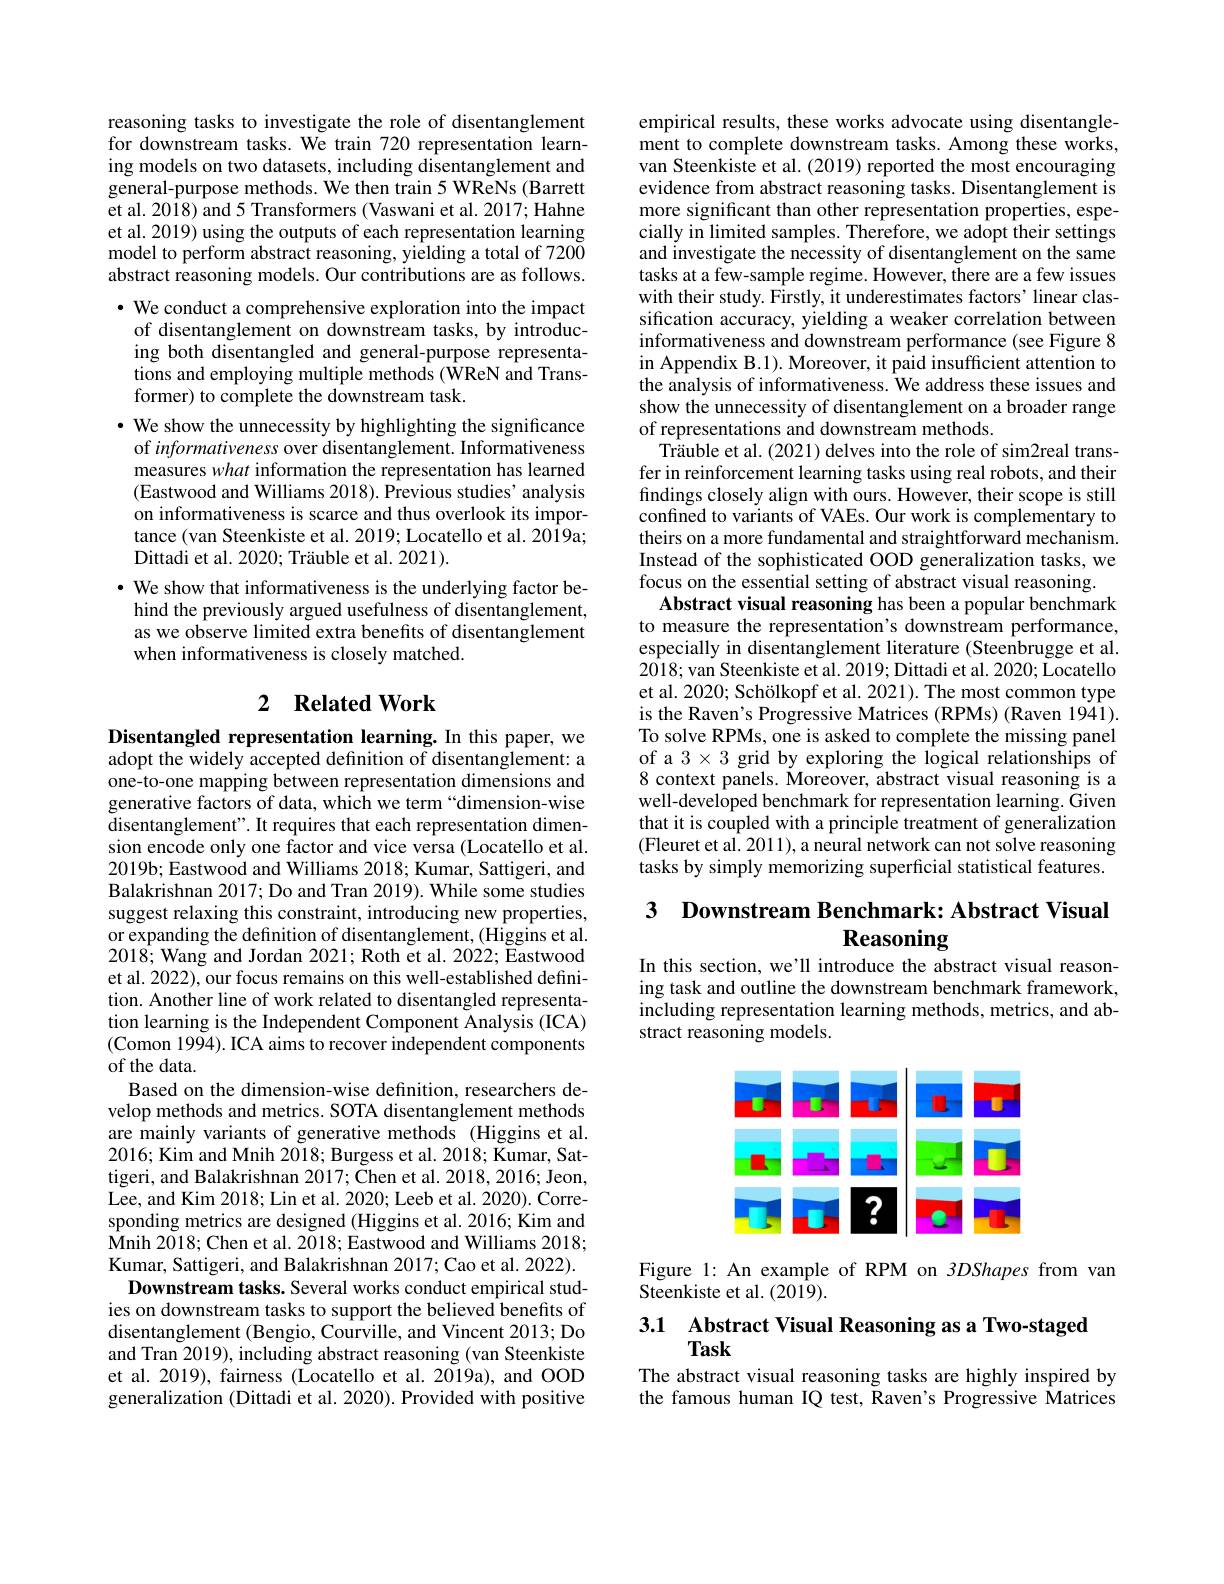
reasoning tasks to investigate the role of disentanglement for downstream tasks. We train 720 representation learning models on two datasets, including disentanglement and general-purpose methods. We then train 5 WReNs (Barrett et al. 2018) and 5 Transformers (Vaswani et al. 2017; Hahne et al. 2019) using the outputs of each representation learning model to perform abstract reasoning, yielding a total of 7200 abstract reasoning models. Our contributions are as follows. · We conduct a comprehensive exploration into the impact of disentanglement on downstream tasks, by introducing both disentangled and general-purpose representations and employing multiple methods (WReN and Transformer) to complete the downstream task.
· We show the unnecessity by highlighting the significance of informativeness over disentanglement. Informativeness measures what information the representation has learned (Eastwood and Williams 2018). Previous studies' analysis on informativeness is scarce and thus overlook its importance (van Steenkiste et al. 2019; Locatello et al. 2019a; Dittadi et al. 2020; Träuble et al. 2021).
· We show that informativeness is the underlying factor behind the previously argued usefulness of disentanglement, as we observe limited extra benefits of disentanglement when informativeness is closely matched.

## 2 $\textbf{Related Work}$

Disentangled representation learning. In this paper, we adopt the widely accepted definition of disentanglement: a one-to-one mapping between representation dimensions and generative factors of data, which we term “dimension-wise disentanglement". It requires that each representation dimension encode only one factor and vice versa (Locatello et al. $2019\dot{\text{b; Eastwood and Williams 2018; Kumar, Sattigeri, and}}$ Balakrishnan 2017; Do and Tran 2019). While some studies suggest relaxing this constraint, introducing new properties, or expanding the definition of disentanglement, (Higgins et al. 2018; Wang and Jordan 2021; Roth et al. 2022; Eastwood et al. 2022), our focus remains on this well-established definition. Another line of work related to disentangled representation learning is the Independent Component Analysis (ICA) (Comon 1994). ICA aims to recover independent components of the data.
Based on the dimension-wise definition, researchers develop methods and metrics. SOTA disentanglement methods are mainly variants of generative methods (Higgins et al. 2016; Kim and Mnih 2018; Burgess et al. 2018; Kumar, Sattigeri, and Balakrishnan 2017; Chen et al. 2018, 2016; Jeon, Lee, and Kim 2018; Lin et al. 2020; Leeb et al. 2020). Corresponding metrics are designed (Higgins et al. 2016; Kim and Mnih 2018; Chen et al. 2018; Eastwood and Williams 2018; Kumar, Sattigeri, and Balakrishnan 2017; Cao et al. 2022).
Downstream tasks. Several works conduct empirical studies on downstream tasks to support the believed benefits of disentanglement (Bengio, Courville, and Vincent 2013; Do and Tran 2019), including abstract reasoning (van Steenkiste et al. 2019), fairness (Locatello et al. 2019a), and OOD generalization (Dittadi et al. 2020). Provided with positive

empirical results, these works advocate using disentanglement to complete downstream tasks. Among these works, van Steenkiste et al. (2019) reported the most encouraging evidence from abstract reasoning tasks. Disentanglement is more significant than other representation properties, especially in limited samples. Therefore, we adopt their settings and investigate the necessity of disentanglement on the same tasks at a few-sample regime. However, there are a few issues with their study. Firstly, it underestimates factors' linear classification accuracy, yielding a weaker correlation between informativeness and downstream performance (see Figure 8 in Appendix B.1). Moreover, it paid insufficient attention to the analysis of informativeness. We address these issues and show the unnecessity of disentanglement on a broader range of representations and downstream methods.
Träuble et al. (2021) delves into the role of sim2real transfer in reinforcement learning tasks using real robots, and their findings closely align with ours. However, their scope is still confined to variants of VAEs. Our work is complementary to theirs on a more fundamental and straightforward mechanism. Instead of the sophisticated OOD generalization tasks, we focus on the essential setting of abstract visual reasoning.
Abstract visual reasoning has been a popular benchmark to measure the representation's downstream performance, especially in disentanglement literature (Steenbrugge et al. 2018; van Steenkiste et al. 2019; Dittadi et al. 2020; Locatello et al. 2020; Schölkopf et al. 2021). The most common type is the Raven's Progressive Matrices (RPMs) (Raven 1941). To solve RPMs, one is asked to complete the missing panel of a $3\times3$ grid by exploring the logical relationships of 8 context panels. Moreover, abstract visual reasoning is a well-developed benchmark for representation learning. Given that it is coupled with a principle treatment of generalization $(\hat{\text{Fleuret et al. 2011), a neural network can not solve reasoning}}$ tasks by simply memorizing superficial statistical features. 3 $\textbf{Downstream Benchmark: Abstract Visual}$

# Reasoning

In this section, we'll introduce the abstract visual reasoning task and outline the downstream benchmark framework, including representation learning methods, metrics, and abstract reasoning models.

<FigureHere>

Figure 1: An example of RPM on 3DShapes from van
Steenkiste et al. (2019).

3.1 Abstract Visual Reasoning as a Two-staged
## Task

The abstract visual reasoning tasks are highly inspired by the famous human IQ test, Raven's Progressive Matrices